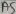
Text: A5